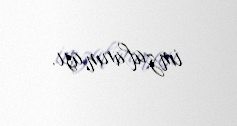
imzalanması.